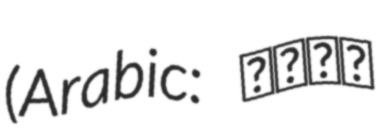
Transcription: (Arabic: منذر